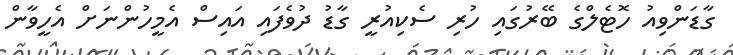
ގާޑަންވިއު ހޮޓެލްގެ ބޭރުގައި ހުރި ސެކިއުރީ ގާޑު ދުވެފައި އައިސް އެމީހުންނަށް އެހީވާން